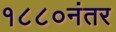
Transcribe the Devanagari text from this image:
१८८०नंतर